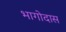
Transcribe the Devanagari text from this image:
भागोदास